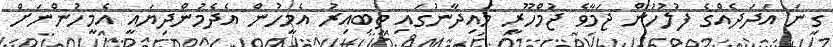
ގިނަ އަދަދެއްގެ ފުލުހުން ޖަމާވެ ޖުމްހޫރީ މައިދާނުގައި ތިބިއިރު އެމީހުން އެދެމުންދިޔައީ އެމީހުންނަށް